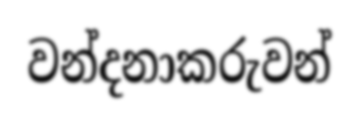
වන්දනාකරුවන්